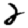
Digit: 2